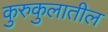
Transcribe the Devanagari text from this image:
कुरुकुलातील